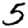
Digit: 5